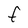
Character: F